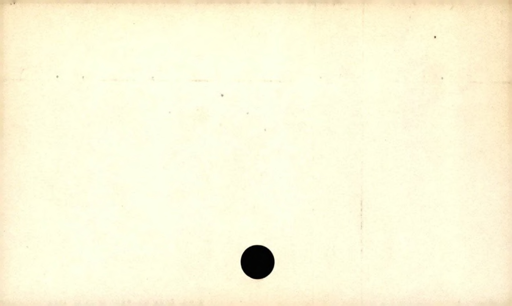
Label: blank